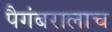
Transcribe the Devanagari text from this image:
पैगंबरालाच